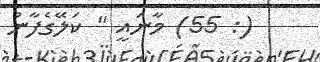
(: 55) މާނައީ " ކަލޭގެފާނު